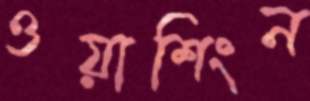
ওয়াশিংন